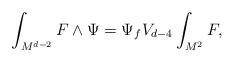
LaTeX: \begin{align*}\int_{M^{d-2}} F \wedge \Psi = \Psi_{f} V_{d-4} \int_{M^2} F,\end{align*}